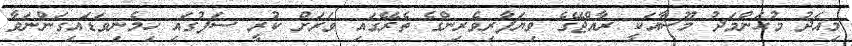
މިއަދު މުޙަންމަދު މޫސާއަކީ ރާއްޖޭގެ ވިޔަފާރިވެރިންގެ ތެރޭގައި ވަރަށް ކުރީ ސަފުގައި ހިމެނިވަޑައިގަންނަވާ